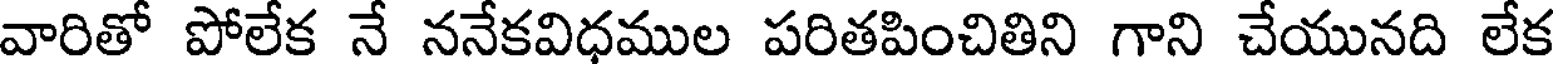
వారితో పోలేక నే ననేకవిధముల పరితపించితిని గాని చేయునది లేక